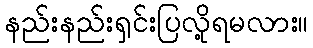
နည်းနည်းရှင်းပြလို့ရမလား။